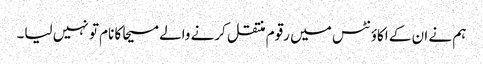
ہم نے ان کے اکاؤنٹس میں رقوم منتقل کرنے والے مسیحا کا نام تو نہیں لیا۔